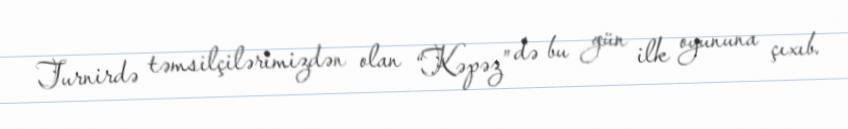
Turnirdə təmsilçilərimizdən olan “Kəpəz” də bu gün ilk oyununa çıxıb.